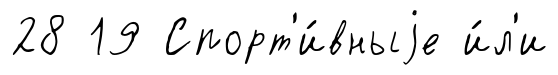
28 19 Спорт'и́вныjе и́л'и